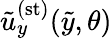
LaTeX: \tilde{u}_{y}^{(\mathrm{st})}(\tilde{y},\theta)